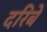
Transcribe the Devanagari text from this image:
दरिबे